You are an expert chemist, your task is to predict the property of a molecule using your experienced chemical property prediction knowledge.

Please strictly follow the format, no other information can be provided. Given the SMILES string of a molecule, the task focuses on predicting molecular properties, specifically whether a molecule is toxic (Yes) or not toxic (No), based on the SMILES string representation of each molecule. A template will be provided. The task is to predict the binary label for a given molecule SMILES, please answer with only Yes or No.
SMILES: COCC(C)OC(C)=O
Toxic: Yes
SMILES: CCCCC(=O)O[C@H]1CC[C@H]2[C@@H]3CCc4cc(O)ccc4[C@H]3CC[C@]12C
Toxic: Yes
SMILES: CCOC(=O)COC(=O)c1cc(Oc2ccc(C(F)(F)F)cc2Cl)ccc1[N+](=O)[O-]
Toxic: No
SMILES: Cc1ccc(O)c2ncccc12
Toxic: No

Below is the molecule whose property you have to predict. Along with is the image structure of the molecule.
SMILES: CCC(=O)N(c1ccc(F)cc1)C1CCN(CCc2ccccc2)CC1
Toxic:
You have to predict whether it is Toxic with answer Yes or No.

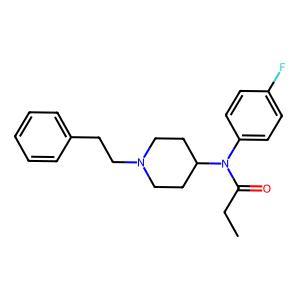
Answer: No